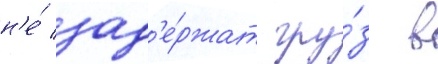
н'е́ зад'е́ржат гру́з в